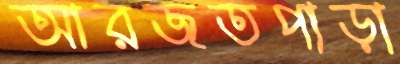
আরজতপাড়া